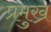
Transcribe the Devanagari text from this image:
प्रमुख्र